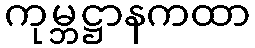
ကုမ္ဘဋ္ဌာနကထာ